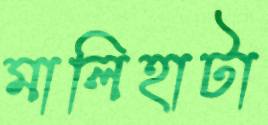
মালিহাটা